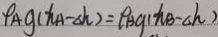
P _ { A } g ( h _ { A } - \Delta h ) = P _ { B } g ( h _ { B } - \Delta h )